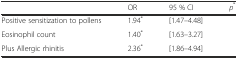
|  | OR | 95 % CI | p* |
 | --- | --- | --- | --- |
 | Positive sensitization to pollens | 1.94* | [1.47–4.48] |  |
 | Eosinophil count | 1.40* | [1.63–3.27] |  |
 | Plus Allergic rhinitis | 2.36* | [1.86–4.94] |  |